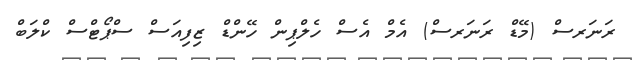
ރަނަރސް (މޭޑް ރަނަރސް) އެމް އެސް ހެލްޕިން ހޭންޑް ޒިފިއަސް ސްޕޯޓްސް ކްލަބް